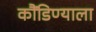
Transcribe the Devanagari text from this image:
कौंडिण्याला